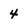
Character: 4